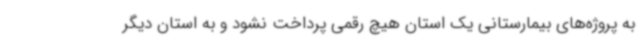
به پروژه‌های بیمارستانی یک استان هیچ رقمی پرداخت نشود و به استان دیگر